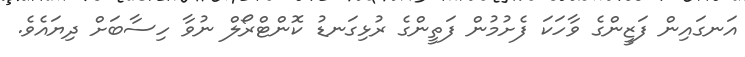
އަނގައިން ފަޒީންގެ ވާހަކަ ފެށުމުން ފަތީންގެ ރުޅިގަނޑު ކޮންޓްރޯލް ނުވާ ހިސާބަށް ދިޔައެވެ.